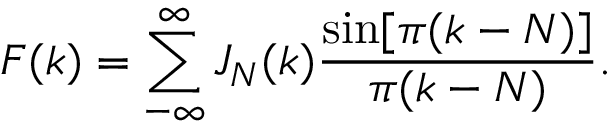
F ( k ) = \sum _ { - \infty } ^ { \infty } J _ { N } ( k ) \frac { \sin [ \pi ( k - N ) ] } { \pi ( k - N ) } .